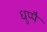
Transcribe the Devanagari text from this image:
धुप्पै